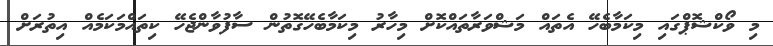
މި ވޯކްޝޮޕްގައި މިކަމާބެހޭ އެތައް މަޝްވަރާތައްކޮށް މިހާރު މިކަމާބެހޭގޮތުން ސާފުވާންޖެހޭ ކިތައްމަކަމެއް އިތުރަށް